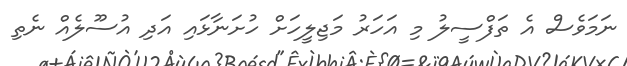
ނަމަވެސް އެ ތަފްސީލު މި އަހަރު މަޖިލީހަށް ހުށަނާޅައި އަދި އުސޫލެއް ނެތި